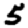
Digit: 5